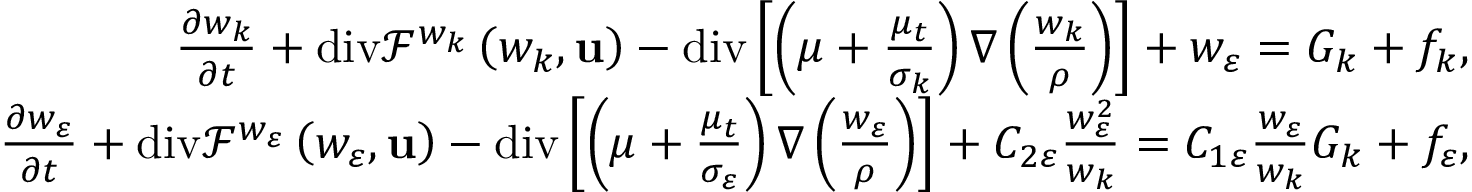
\begin{array} { r } { \frac { \partial w _ { k } } { \partial t } + \mathrm { d i v } \mathcal { F } ^ { w _ { k } } \left( w _ { k } , { \mathbf { u } } \right) - \mathrm { d i v } \left[ \left( \mu + \frac { \mu _ { t } } { \sigma _ { k } } \right) \nabla \left( \frac { w _ { k } } { \rho } \right) \right] + w _ { \varepsilon } = G _ { k } + f _ { k } , } \\ { \frac { \partial w _ { \varepsilon } } { \partial t } + \mathrm { d i v } \mathcal { F } ^ { w _ { \varepsilon } } \left( w _ { \varepsilon } , { \mathbf { u } } \right) - \mathrm { d i v } \left[ \left( \mu + \frac { \mu _ { t } } { \sigma _ { \varepsilon } } \right) \nabla \left( \frac { w _ { \varepsilon } } { \rho } \right) \right] + C _ { 2 \varepsilon } \frac { w _ { \varepsilon } ^ { 2 } } { w _ { k } } = C _ { 1 \varepsilon } \frac { w _ { \varepsilon } } { w _ { k } } G _ { k } + f _ { \varepsilon } , } \end{array}